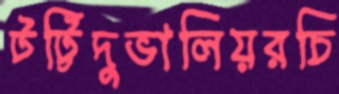
টট্টিদুভালিয়রচি